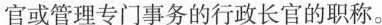
官或管理专门事务的行政长官的职称。